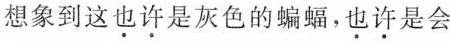
想象到这也许是灰色的蝙蝠，也许是会